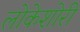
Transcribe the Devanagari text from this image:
लोकेशोरी